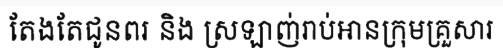
តែងតែជូនពរ និង ស្រឡាញ់រាប់អានក្រុមគ្រួសារ